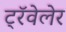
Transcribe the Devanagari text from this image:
ट्रॅवेलेर